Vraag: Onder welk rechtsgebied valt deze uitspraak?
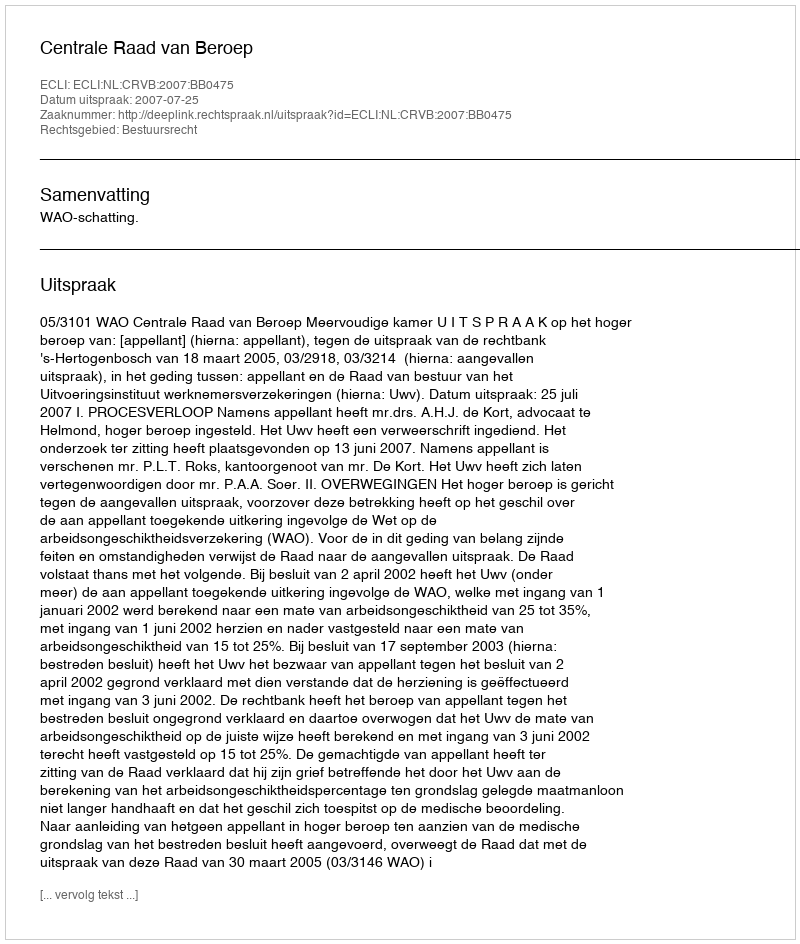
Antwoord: Bestuursrecht